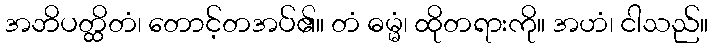
အဘိပတ္ထိတံ၊ တောင့်တအပ်၏။ တံ ဓမ္မံ၊ ထိုတရားကို။ အဟံ၊ ငါသည်။